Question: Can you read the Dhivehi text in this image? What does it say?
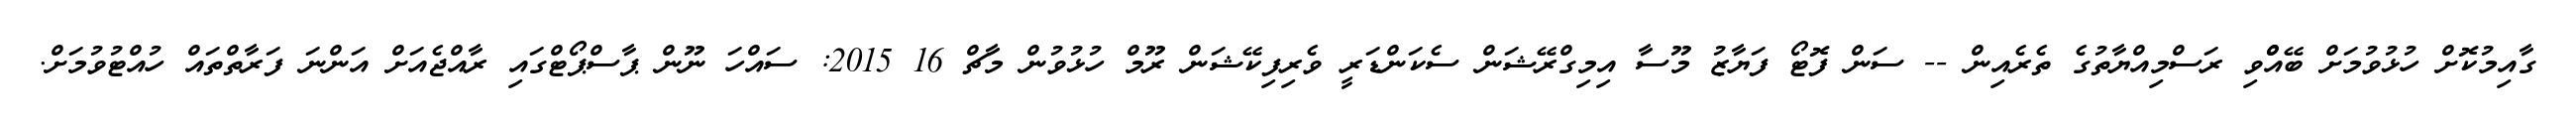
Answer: ގާއިމުކޮށް ހުޅުވުމަށް ބޭއްްވި ރަސްމިއްޔާތުގެ ތެރެއިން -- ސަން ފޮޓޯ ފަޔާޒު މޫސާ އިމިގްރޭޝަން ސެކަންޑަރީ ވެރިފިކޭޝަން ރޫމް ހުޅުވުން މާޗް 16 2015: ސައްހަ ނޫން ޕާސްޕޯޓްގައި ރާއްޖެއަށް އަންނަ ފަރާތްތައް ހުއްޓުވުމަށް.